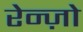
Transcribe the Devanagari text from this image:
रेन्ज़ो